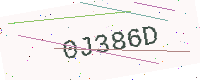
Text: 0J386D